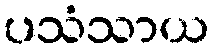
ပသံသာယ